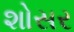
શોસર